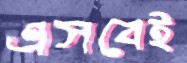
এসবেই